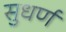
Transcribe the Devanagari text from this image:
सुधर्ण